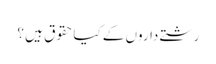
رشتے داروں کے کیاحقوق ہیں ؟